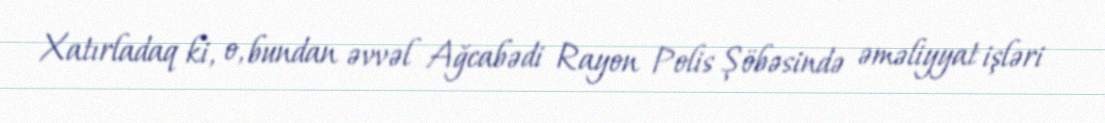
Xatırladaq ki, o, bundan əvvəl Ağcabədi Rayon Polis Şöbəsində əməliyyat işləri